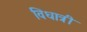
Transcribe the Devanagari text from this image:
विधात्री